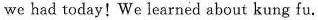
we had today!We learned about kung fu.